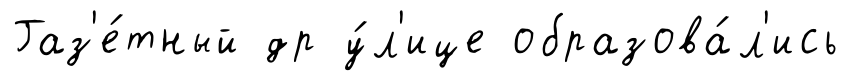
Газ'е́тный др у́л'ице образова́л'ись